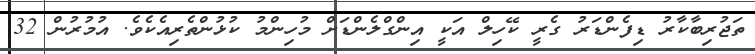
ތަޖުރިބާކާރު ޑިފެންޑަރު ގެރީ ކޭހިލް އަކީ އިންގްލެންޑަށް މުހިންމު ކުޅުންތެރިއެކެވެ. އުމުރުން 32